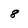
Character: 8